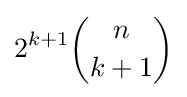
2^{k+1}{n \choose {k+1}}